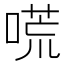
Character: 𠻄